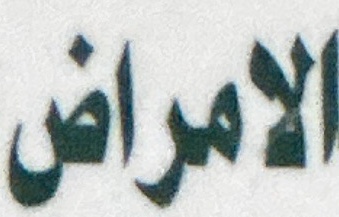
الامراض